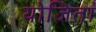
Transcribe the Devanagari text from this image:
योजितां